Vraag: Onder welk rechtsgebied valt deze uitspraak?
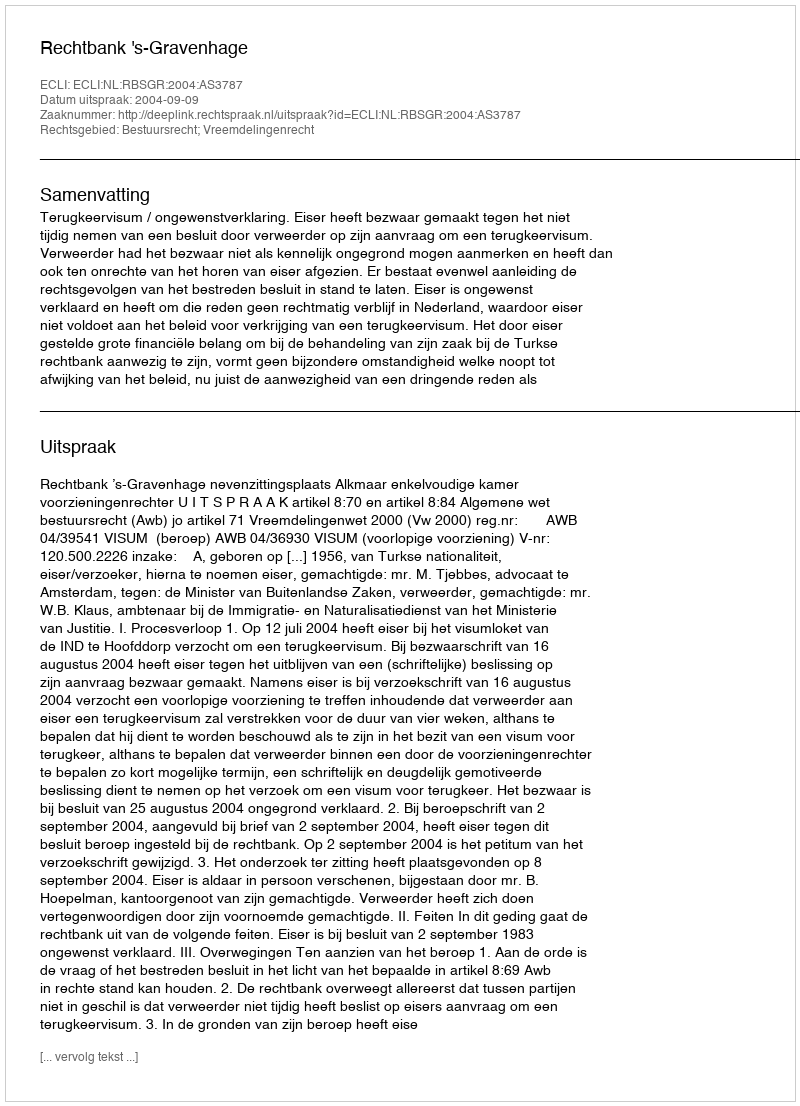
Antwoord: Bestuursrecht; Vreemdelingenrecht